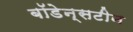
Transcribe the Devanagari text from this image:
बॉडेन्सटीन